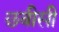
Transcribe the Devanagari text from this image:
छबीसी